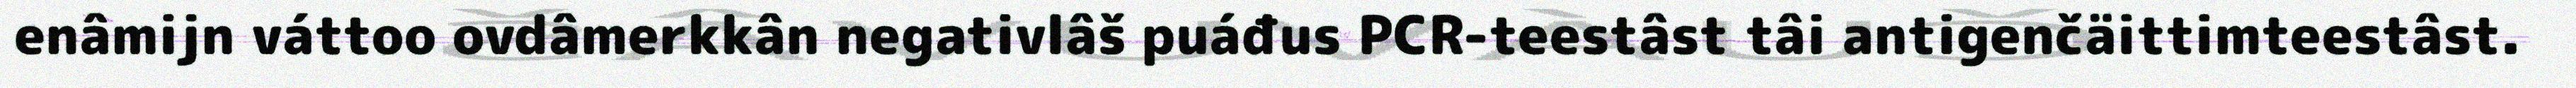
enâmijn váttoo ovdâmerkkân negativlâš puáđus PCR-teestâst tâi antigenčäittimteestâst.